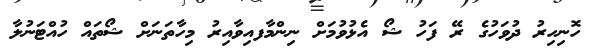
ހޮނިހިރު ދުވަހުގެ ރޭ ފަހު ޝޯ އެޅުވުމަށް ނިންމާފއިވާއިރު މިހާތަނަށް ޝޯތައް ހުއްޓަނުލާ